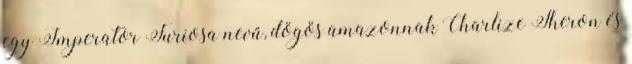
egy Imperator Furiosa nevű, dögös amazonnak Charlize Theron és